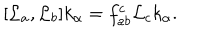
[ { \cal L } _ { a } , { \cal L } _ { b } ] k _ { \alpha } = f _ { a b } ^ { c } { \cal L } _ { c } k _ { \alpha } .